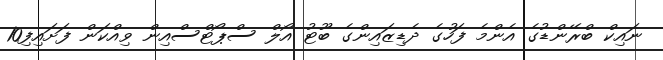
ނައިކް ބްރޭންޑުގެ އެންމެ ފަހުގެ ދެޑިޒައިންގެ ބޫޓު އޯލް ސްޕޯޓްސްއިން ވިއްކަން ފަށައިފި10